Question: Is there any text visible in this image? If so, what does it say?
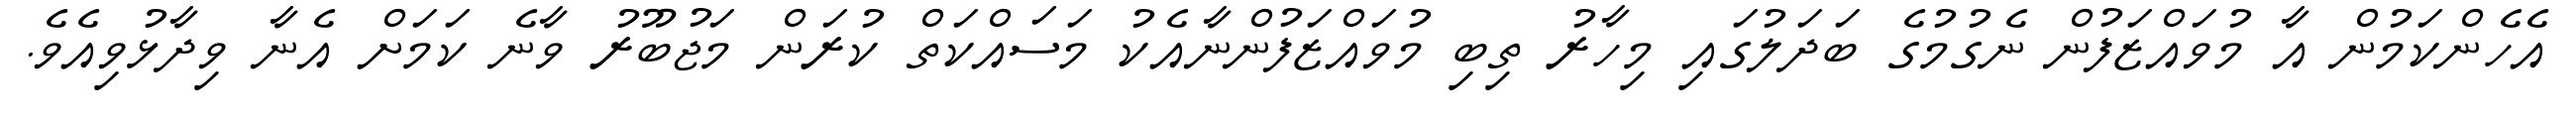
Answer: އެހެންކަމުން އާ މުވައްޒަފުން ނެގުމުގެ ބަދަލުގައި މިހާރު ތިބި މުވައްޒަފުންނާއެކު މަސައްކަތް ކުރަން މަޖުބޫރު ވާނެ ކަމަށް އެނާ ވިދާޅުވިއެވެ.